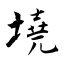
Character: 墝